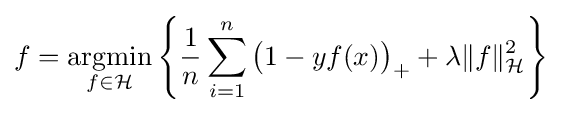
f={\underset {f\in {\mathcal {H}}}{\operatorname {argmin} }}\left\{{\frac {1}{n}}\sum _{i=1}^{n}{\big (}1-yf(x){\big )}_{+}+\lambda \|f\|_{\mathcal {H}}^{2}\right\}